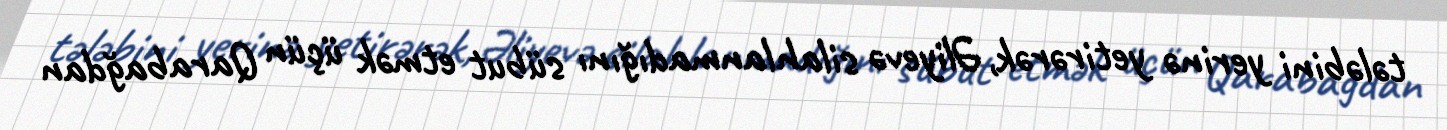
tələbini yerinə yetirərək, Əliyevə silahlanmadığını sübut etmək üçün Qarabağdan